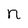
Character: n